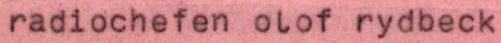
radiochefen olof rydbeck